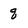
Character: q